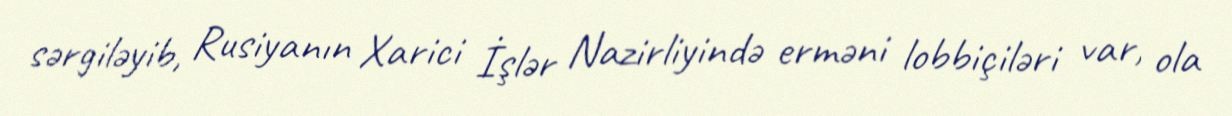
sərgiləyib, Rusiyanın Xarici İşlər Nazirliyində erməni lobbiçiləri var, ola